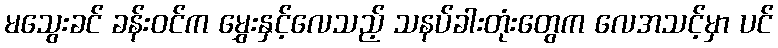
မသွေးခင် ခန်းဝင်က မွှေးနှင့်လေသည့် သနပ်ခါးတုံးတွေက လေအသင့်မှာ ပင်